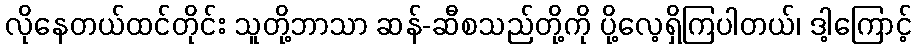
လိုနေတယ်ထင်တိုင်း သူတို့ဘာသာ ဆန်-ဆီစသည်တို့ကို ပို့လေ့ရှိကြပါတယ်၊ ဒါ့ကြောင့်